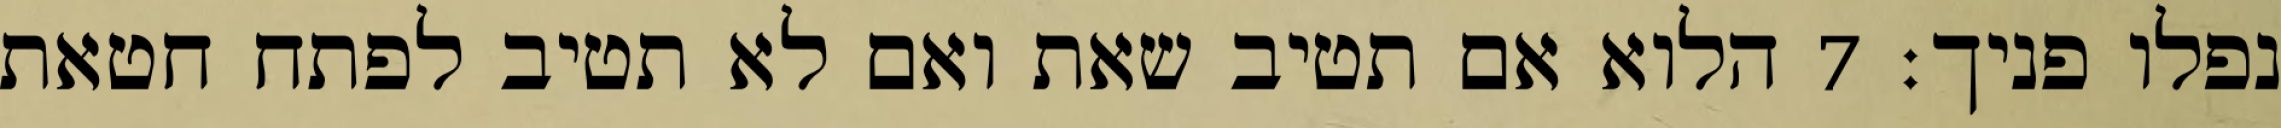
נפלו פניך׃ ‎7‏ הלוא אם תטיב שאת ואם לא תטיב לפתח חטאת